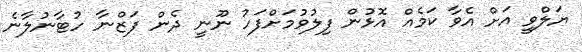
ޔަލްވީ އަށް އެވާ ކަމެއް އޮޅުން ފިލުވުމަށްފަހު ނޫނީ ދެން ފަޒްނާ ހުޓާނުލާނެ